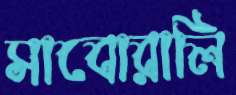
সাবোরালি